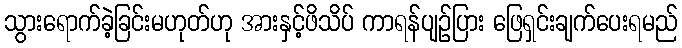
သွားရောက်ခဲ့ခြင်းမဟုတ်ဟု အားနှင့်ဖိသိပ် ကာရန်ပျဉ်ပြား ဖြေရှင်းချက်ပေးရမည်